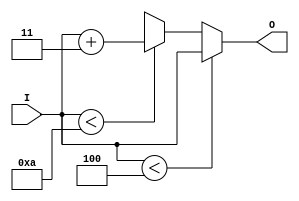
module add3(I, O);
input [3:0] I;
output reg [3:0] O;

always@ (I) begin
	if(I < 4'b0100) O <= I;
	else if (I < 4'b1010) O <= I + 4'b011;
	else O <= 4'bxxxx;
end
endmodule

module BinaryToBCD(In, tens, units);
input [3:0] In;
output [3:0] tens, units;

assign units[0] = In[0];
add3 C1({1'b0, In[3:1]}, {tens[0], units[3:1]});
assign tens[3:1] = 3'b0;

endmodule